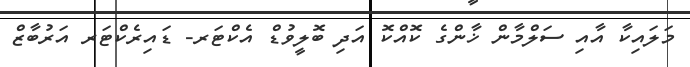
މަލައިކާ އާއި ސަލްމާން ޚާންގެ ކޮއްކޮ އަދި ބޮލީވުޑް އެކްޓަރ- ޑައިރެކްޓަރ އަރުބާޒް